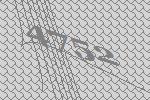
4752